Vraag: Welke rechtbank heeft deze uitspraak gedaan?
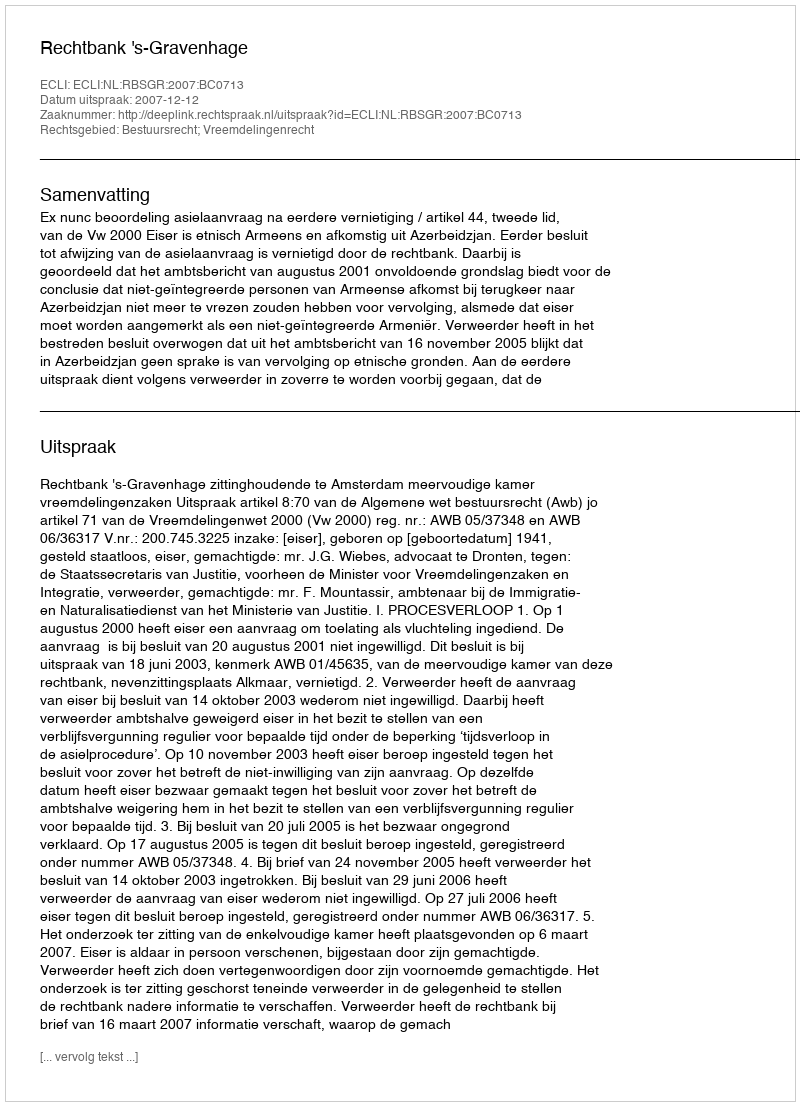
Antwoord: Rechtbank 's-Gravenhage